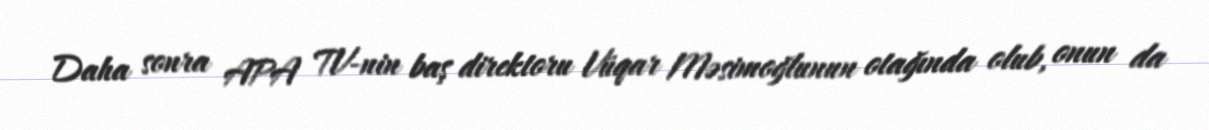
Daha sonra APA TV-nin baş direktoru Vüqar Məsimoğlunun otağında olub, onun da